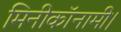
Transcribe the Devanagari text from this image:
मिनीकॉनामी।